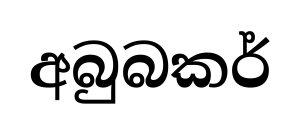
අබුබකර්